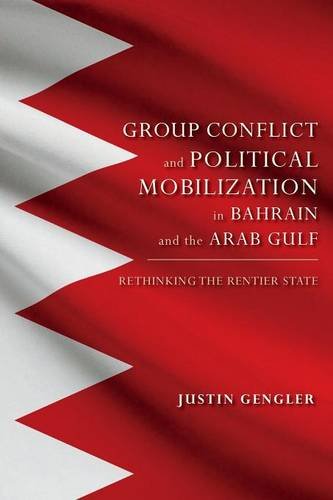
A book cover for Group Conflict and Political Mobilization in Bahrain and the Arab Gulf: Rethinking the Rentier State (Indiana Series in Middle East Studies); Justin Gengler; History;